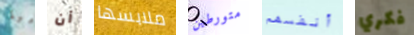
هيا أن ملابسها متورطين أنفسهم فكري